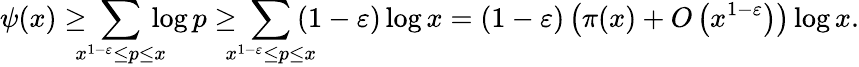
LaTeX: \psi(x)\geq\! \! \! \! \sum_{x^{1-\varepsilon}\leq p\leq x}\! \! \! \! \log p\geq\! \! \! \! \sum_{x^{1-\varepsilon}\leq p\leq x}\! \! \! \! (1-\varepsilon)\log x=(1-\varepsilon)\left(\pi(x)+O\left(x^{1-\varepsilon}\right)\right)\log x.